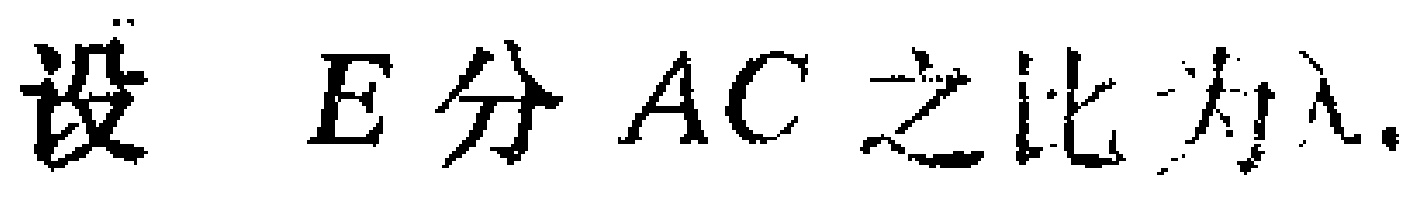
设 \(E\) 分 \(AC\) 之比为\(\lambda\).